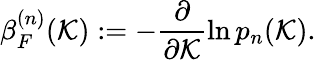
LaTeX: \beta_{F}^{(n)}(\mathcal{K})\mathrel{\mathop:}=-\frac{\partial}{\partial\mathcal{K}}\ln p_{n}(\mathcal{K}).